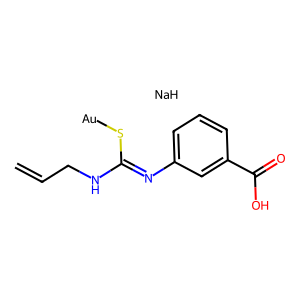
SMILES: C=CCNC(=Nc1cccc(C(=O)O)c1)S[Au].[NaH]
Inhibits HIV replication: No